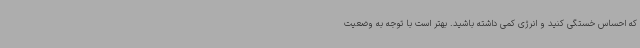
که احساس خستگی کنید و انرژی کمی داشته باشید. بهتر است با توجه به وضعیت